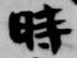
時